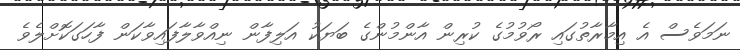
ނަމަވެސް އެ އިމާރާތުގައި ރޯވުމުގެ ކުރިން އާންމުންގެ ބަޔަކު އަލިފާން ނިއްވާލާފައިވާކަން ފާހަގަކޮށްލެވެ